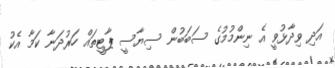
އަދި ވިދާޅުވީ އެ ނިންމުމުގެ ސަބަބުން ސިޔާސީ ޕާޓީތައް ހަރުދަނާ ކަމާ އެކު